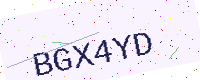
Text: BGX4YD